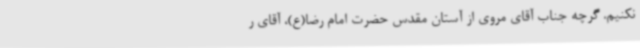
نکنیم. گرچه جناب آقای مروی از آستان مقدس حضرت امام رضا(ع)، آقای ر